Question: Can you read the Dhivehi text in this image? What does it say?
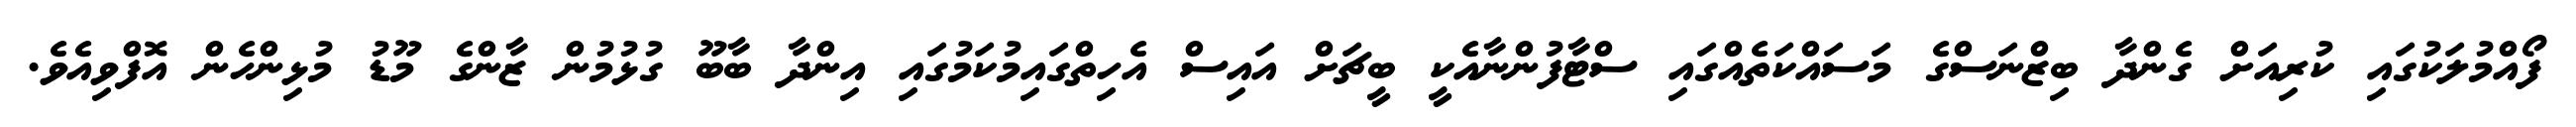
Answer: ފޯއްމުލަކުގައި ކުރިއަށް ގެންދާ ބިޒްނަސްގެ މަސައްކަތެއްގައި ސްޓާފުންނާއެކީ ބީޗަށް އައިސް އެހިތްގައިމުކަމުގައި އިންދާ ބާބޫ ގުޅުމުން ޒާންގެ މޫޑު މުޅިންހެން އޮފްވިއެވެ.